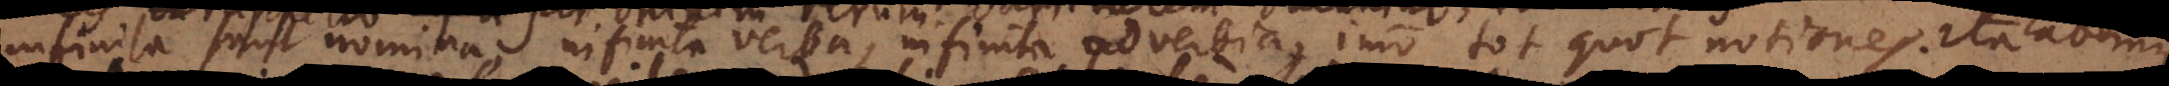
infinita sunt nomina, infinita verba, infinita adverbia, imo tot quot notiones. Ita habemus